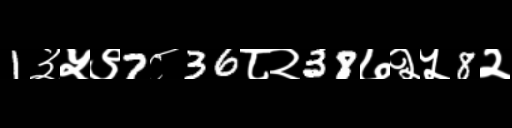
Text: 1३५९7८36८२38७२५8२